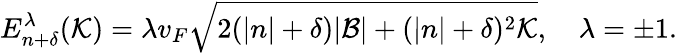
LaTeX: E_{n+\delta}^{\lambda}(\mathcal{K})=\lambda v_{F}\sqrt{2(|n|+\delta)|\mathcal{B}|+(|n|+\delta)^{2}\mathcal{K}},\quad\lambda=\pm 1.